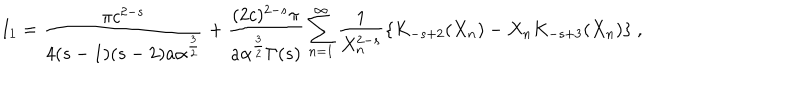
LaTeX: I _ { 1 } = { \frac { \pi c ^ { 2 - s } } { 4 ( s - 1 ) ( s - 2 ) a \alpha ^ { \frac { 3 } { 2 } } } } + { \frac { ( 2 c ) ^ { 2 - s } \pi } { a \alpha ^ { \frac { 3 } { 2 } } \Gamma ( s ) } } \sum _ { n = 1 } ^ { \infty } \frac { 1 } { X _ { n } ^ { 2 - s } } \{ K _ { - s + 2 } ( X _ { n } ) - X _ { n } K _ { - s + 3 } ( X _ { n } ) \} \ ,